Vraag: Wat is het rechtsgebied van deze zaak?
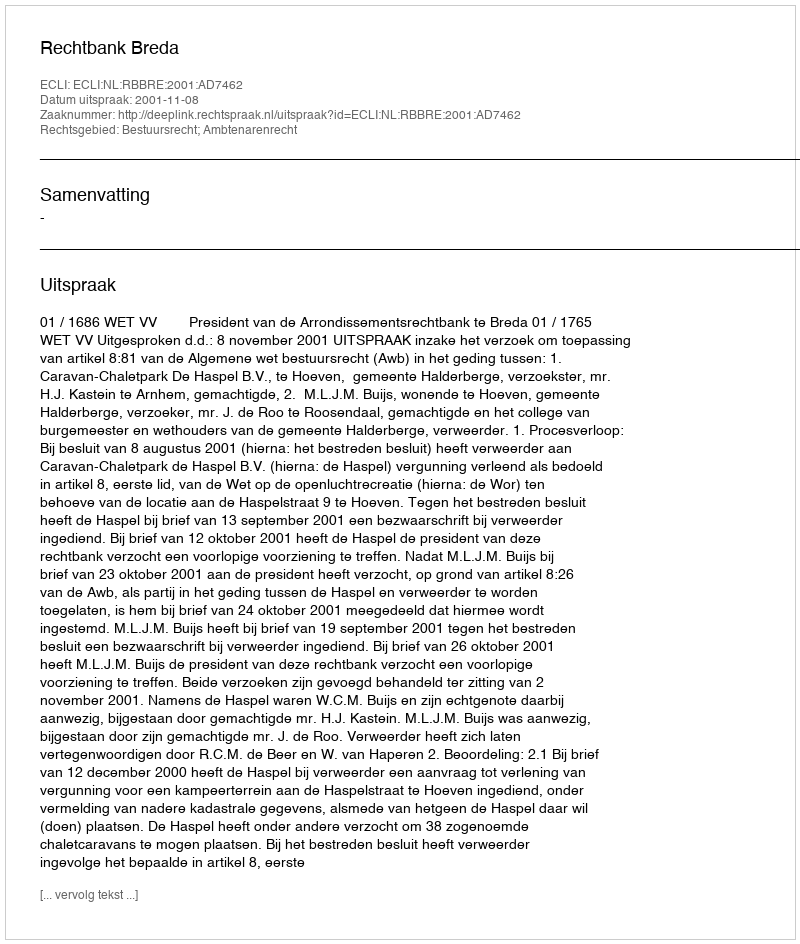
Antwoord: Bestuursrecht; Ambtenarenrecht